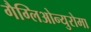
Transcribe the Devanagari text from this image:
गैग्लिओन्युरोमा